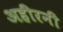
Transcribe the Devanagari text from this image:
अहीरनी